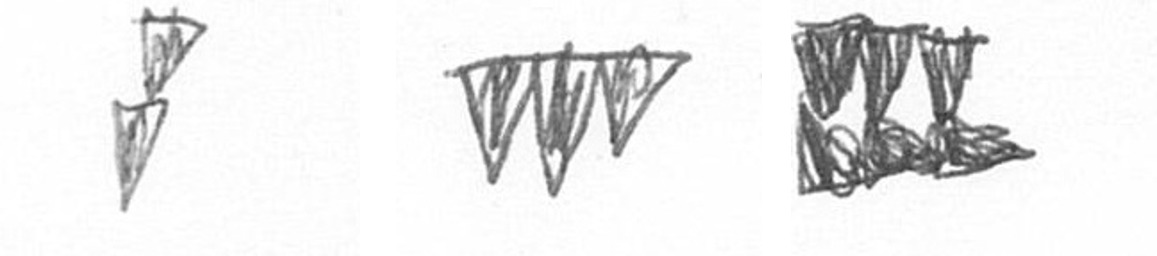
Z L D